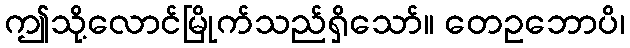
ဤသို့လောင်မြိုက်သည်ရှိသော်။ တေဥဘောပိ၊